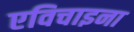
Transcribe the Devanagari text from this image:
एविचाइना